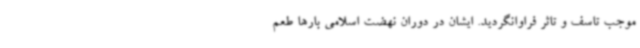
موجب تاسف و تاثر فراوانگردید. ایشان در دوران نهضت اسلامی بارها طعم